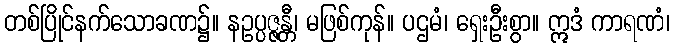
တစ်ပြိုင်နက်သောခဏ၌။ နဥပ္ပဇ္ဇန္တီ၊ မဖြစ်ကုန်။ ပဌမံ၊ ရှေးဦးစွာ။ ဣဒံ ကာရဏံ၊